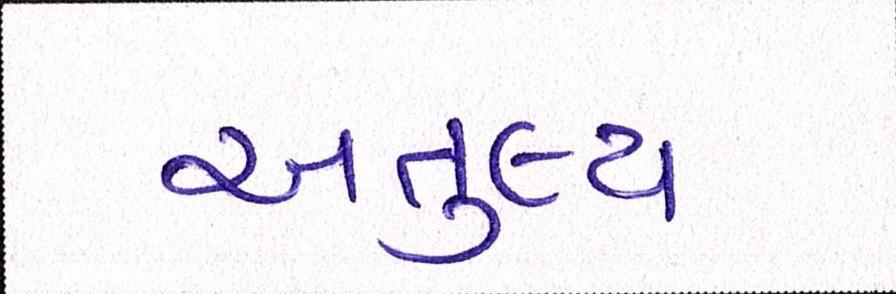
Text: અતુલ્ય